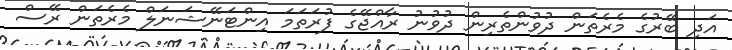
އަދި ބޭރުގެ މެރެތަން ދުވުންތެރިން ދުވުނު ރާއްޖޭގެ ފުރަތަމަ އިންޓަނޭޝަނަލް މެރެތަން ރޭސް